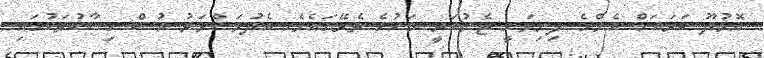
އޮޅުދޫ ކަރައަށް އެންމެ ފިނިވަނީ ޖެނުއަރީ މަހުގެ ތެރޭގައެވެ. އެދުވަސްވަރު އުސް ހިސާބުތަކުގައި